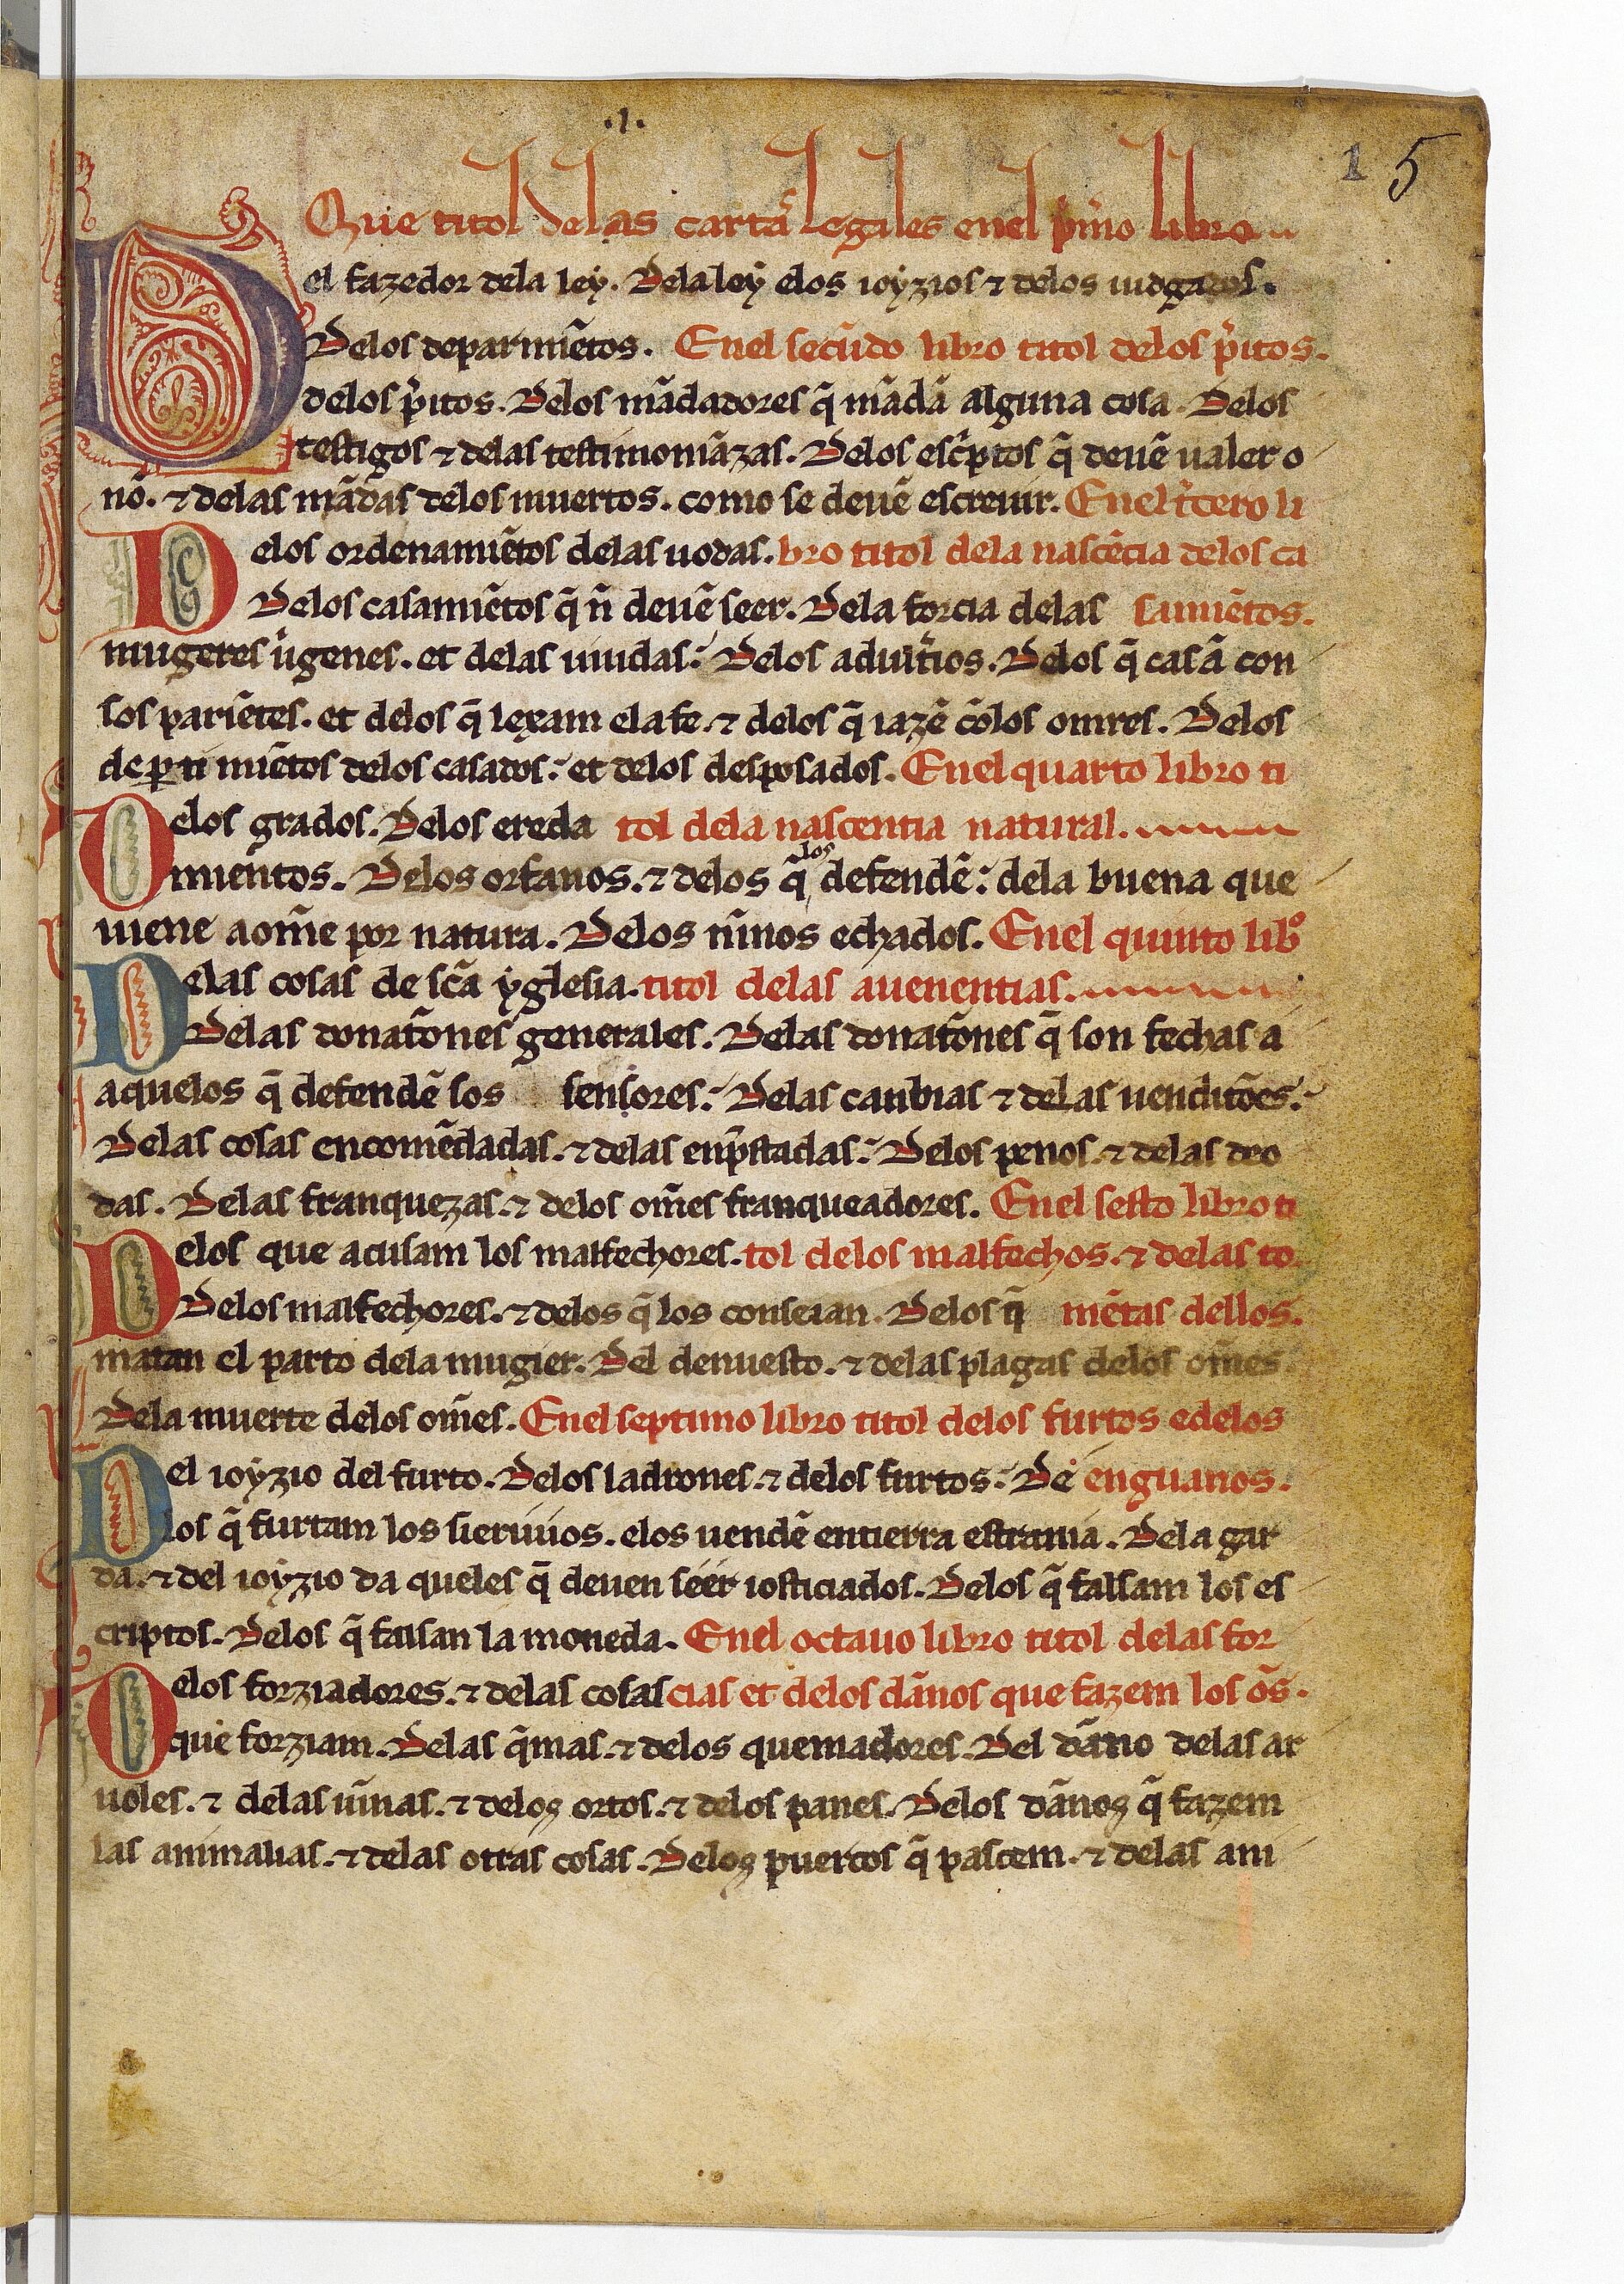
Shelfmark: Paris, BnF, esp. 256
Century: 13